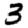
Digit: 3